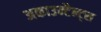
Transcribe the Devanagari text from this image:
अकाउन्टैन्ट्स